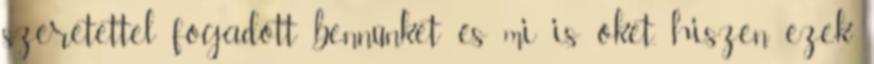
szeretettel fogadott bennünket és mi is őket, hiszen ezek